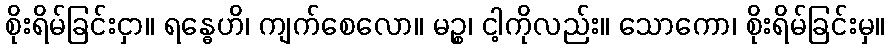
စိုးရိမ်ခြင်းငှာ။ ရန္ဓေဟိ၊ ကျက်စေလော။ မဉ္စ၊ ငါ့ကိုလည်း။ သောကော၊ စိုးရိမ်ခြင်းမှ။